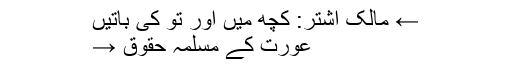
← مالک اشتر: کچھ میں اور تُو کی باتیں
عورت کے مسلمہ حقوق →